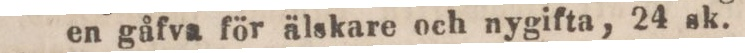
en gåfva för älskare och nygifta, 24 sk.